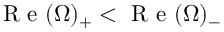
\textrm { R e } ( \Omega ) _ { + } < \textrm { R e } ( \Omega ) _ { - }